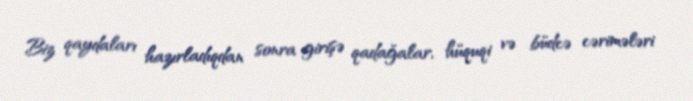
Biz qaydaları hazırladıqdan sonra girişə qadağalar, hüquqi və büdcə cərimələri